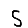
Digit: 5